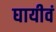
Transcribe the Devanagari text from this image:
घायीवं